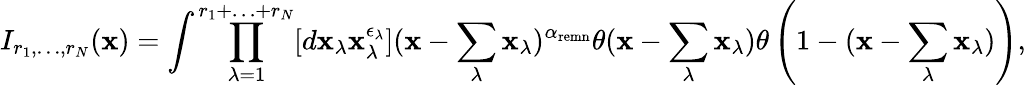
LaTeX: I_{r_{1},\ldots,r_{N}}(\mathbf{x})=\int\prod_{\lambda=1}^{r_{1}+\ldots+r_{N}}[d\mathbf{x}_{\lambda}\mathbf{x}_{\lambda}^{\epsilon_{\lambda}}](\mathbf{x}-\sum_{\lambda}\mathbf{x}_{\lambda})^{\alpha_{\mathrm{{remn}}}}\theta(\mathbf{x}-\sum_{\lambda}\mathbf{x}_{\lambda})\theta\left(1-(\mathbf{x}-\sum_{\lambda}\mathbf{x}_{\lambda})\right),